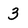
Character: 3